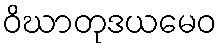
ဝိဃာတုဒယမေဝ